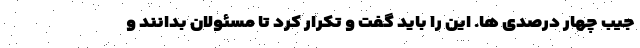
جیب چهار درصدی ها. این را باید گفت و تکرار کرد تا مسئولان بدانند و